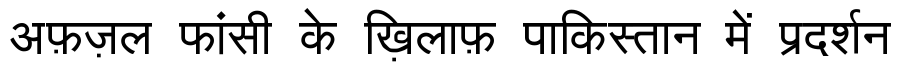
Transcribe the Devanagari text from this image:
अफ़ज़ल फांसी के ख़िलाफ़ पाकिस्तान में प्रदर्शन